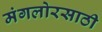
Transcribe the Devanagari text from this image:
मंगलोरसाठी